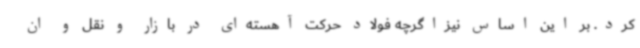
کرد. بر این اساس نیزاگرچه فولاد حرکت آهسته‌ای در بازار و نقل و ان